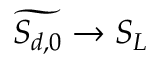
\widetilde { S _ { d , 0 } } \rightarrow S _ { L }